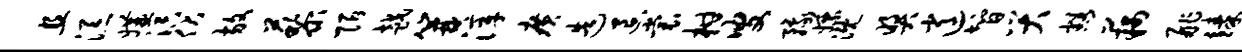
且添媾溟伏放藜陌越篝滓广造退裳柑叟豫嫖溉奖逍智哭豁藕舴臻